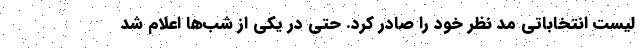
لیست انتخاباتی مد نظر خود را صادر کرد. حتی در یکی از شب‌ها اعلام شد